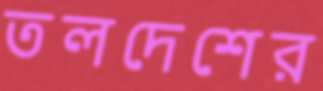
তলদেশের